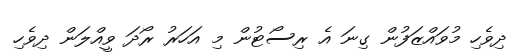
ދިވެހި މުވައްޒަފުން ގިނަ އެ ރިސޯޓުން މި އަހަރު ރޯދަ ވީއްލަން ދިވެހި